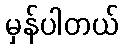
မှန်ပါတယ်